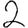
Digit: 2